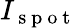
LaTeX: I_{\mathrm{~s~p~o~t~}}